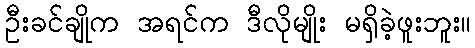
ဦးခင်ချိုက အရင်က ဒီလိုမျိုး မရှိခဲ့ဖူးဘူး။